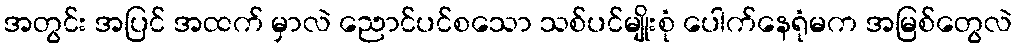
အတွင်း အပြင် အထက် မှာလဲ ညောင်ပင်စသော သစ်ပင်မျိုးစုံ ပေါက်နေရုံမက အမြစ်တွေလဲ